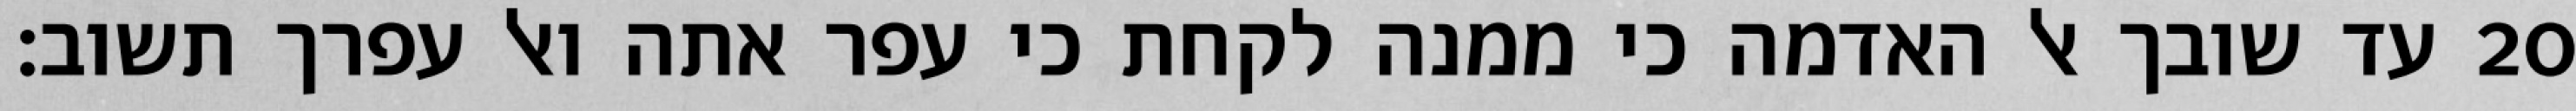
עד שובך אל האדמה כי ממנה לקחת כי עפר אתה ואל עפרך תשוב׃ ‎20‏